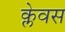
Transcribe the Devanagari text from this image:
क्लेवस